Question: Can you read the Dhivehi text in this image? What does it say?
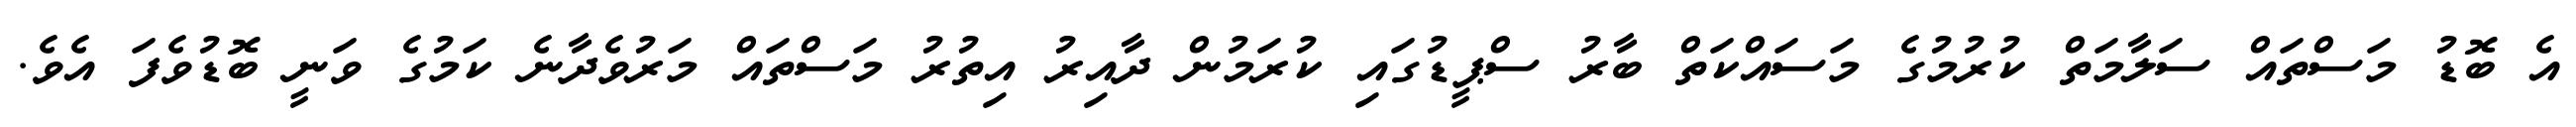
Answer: އެ ބޮޑު މަސްތައް ސަލާމަތް ކުރުމުގެ މަސައްކަތް ބާރު ސްޕީޑުގައި ކުރަމުން ދާއިރު އިތުރު މަސްތައް މަރުވެދާނެ ކަމުގެ ވަނީ ބޮޑުވެފަ އެވެ.